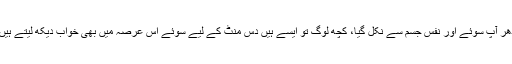
ادھر آپ سوئے اور نفس جسم سے نکل گیا، کچھ لوگ تو ایسے ہیں دس منٹ کے لیے سوئے اس عرصہ میں بھی خواب دیکھ لیتے ہیں ۔